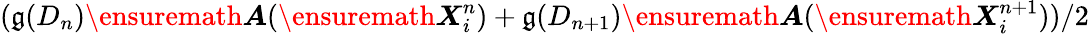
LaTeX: (\mathfrak{g}(D_{n})\ensuremath{\boldsymbol{A}}(\ensuremath{\boldsymbol{X}}_{i}^{n})+\mathfrak{g}(D_{n+1})\ensuremath{\boldsymbol{A}}(\ensuremath{\boldsymbol{X}}_{i}^{n+1}))/2